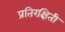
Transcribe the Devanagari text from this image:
प्रतिरक्षिती